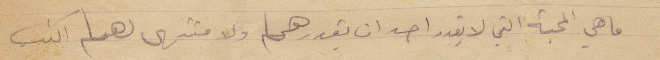
ما هي المحبة التي لا يقدر احد أن يقدرها ولا منتهى لها اكتب